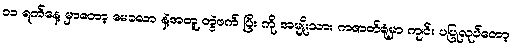
၁၁ ရက်နေ့ မှာတော့ မေခလာ နဲ့အတူ တွဲဖက် ပြီး ကို အမျိုးသား ကဇာတ်ရုံမှာ ကျင်း ပပြုလုပ်တော့